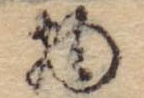
物